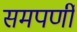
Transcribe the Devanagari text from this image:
समपर्णी